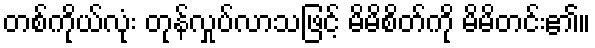
တစ်ကိုယ်လုံး တုန်လှုပ်လာသဖြင့် မိမိစိတ်ကို မိမိတင်း၏။